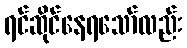
ရင်ဆိုင်နေရသော်လည်း